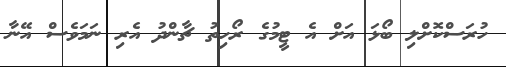
ހުރަސްކޮށްލި ބޯޅަ އަށް އެ ޓީމުގެ ރޯހިތު ޗާންދު އެރި ނަމަވެސް އޭނާ